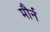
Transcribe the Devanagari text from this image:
मौर्न